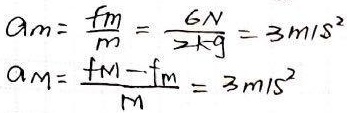
\(a_m=\frac{f_m}{m}=\frac{6\mathrm{N}}{2\mathrm{kg}} = 3\mathrm{m/s}^{2}\)
\(a_M=\frac{F_M - f_m}{M}=3\mathrm{m/s}^{2}\)